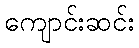
ကျောင်းဆင်း